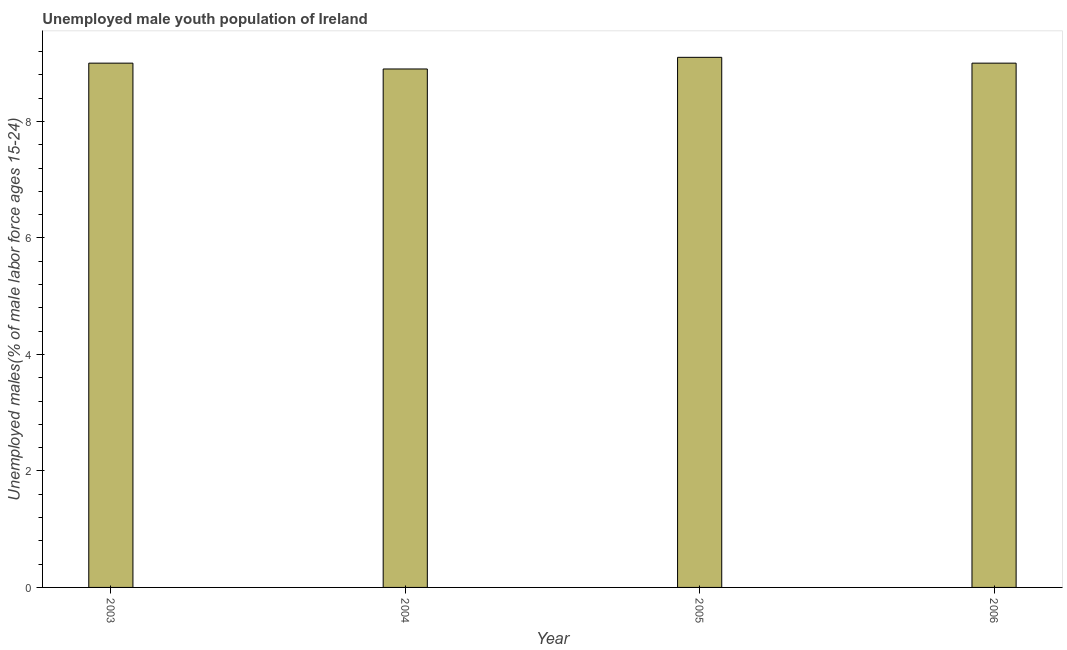
| Year | Unemployment youth male |
 | --- | --- |
 | 2003 | 9 |
 | 2004 | 8.9 |
 | 2005 | 9.1 |
 | 2006 | 9 |